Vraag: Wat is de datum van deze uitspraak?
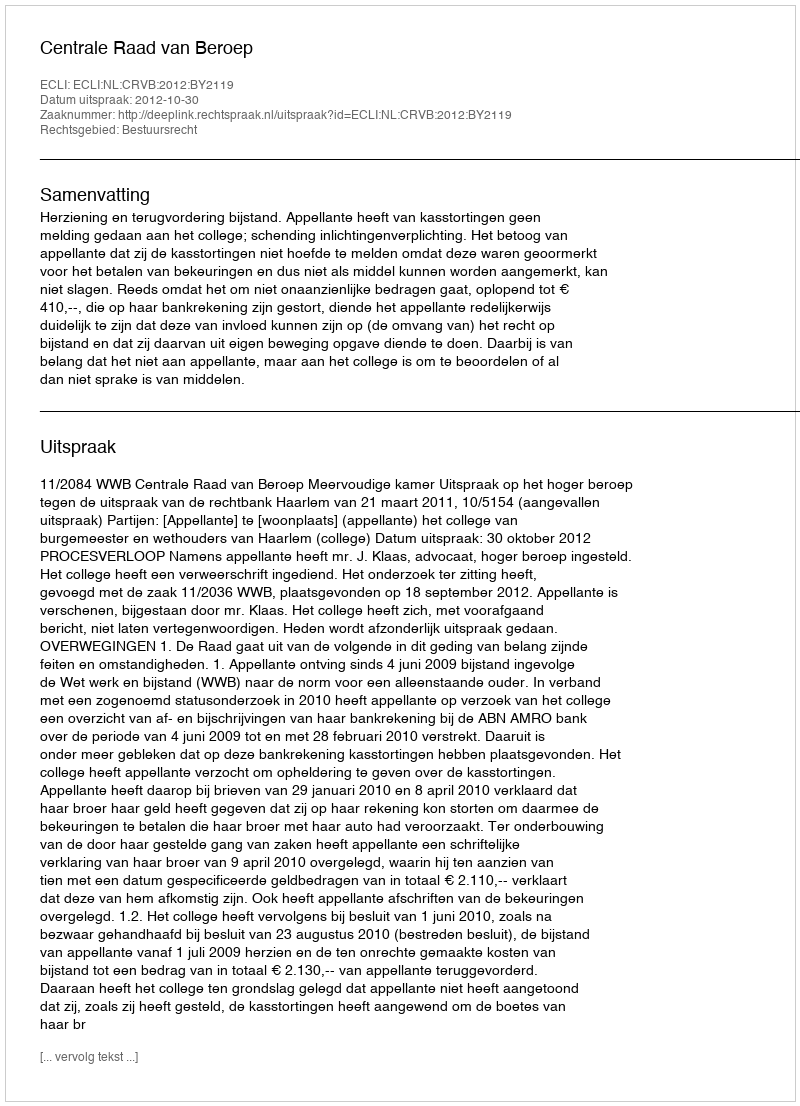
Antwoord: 2012-10-30